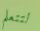
لتتعلم